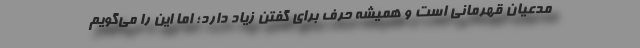
مدعیان قهرمانی است و همیشه حرف برای گفتن زیاد دارد؛ اما این را می‌گویم